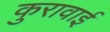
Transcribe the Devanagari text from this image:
कुरावाई